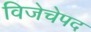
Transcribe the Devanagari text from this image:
विजेचेपद